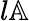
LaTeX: l\mathbb{A}